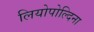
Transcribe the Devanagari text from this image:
लियोपोल्दिना